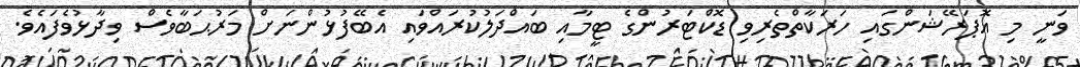
ވަނީ މި އޮޕަރޭޝަންގައި ހަރަކާތްތެރިވި ޑޮކްޓަރުންގެ ޓީމާއި ބައްދަލުކުރައްވައި އެބޭފުޅުންނަށް މަރުޙަބާވެސް ވިދާޅުވެފައެވެ.